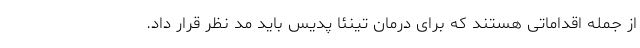
از جمله اقداماتی هستند که برای درمان تینئا پدیس باید مد نظر قرار داد.